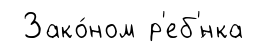
Зако́ном р'еб'́нка